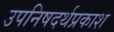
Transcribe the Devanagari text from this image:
उपनिषदर्थप्रकाश